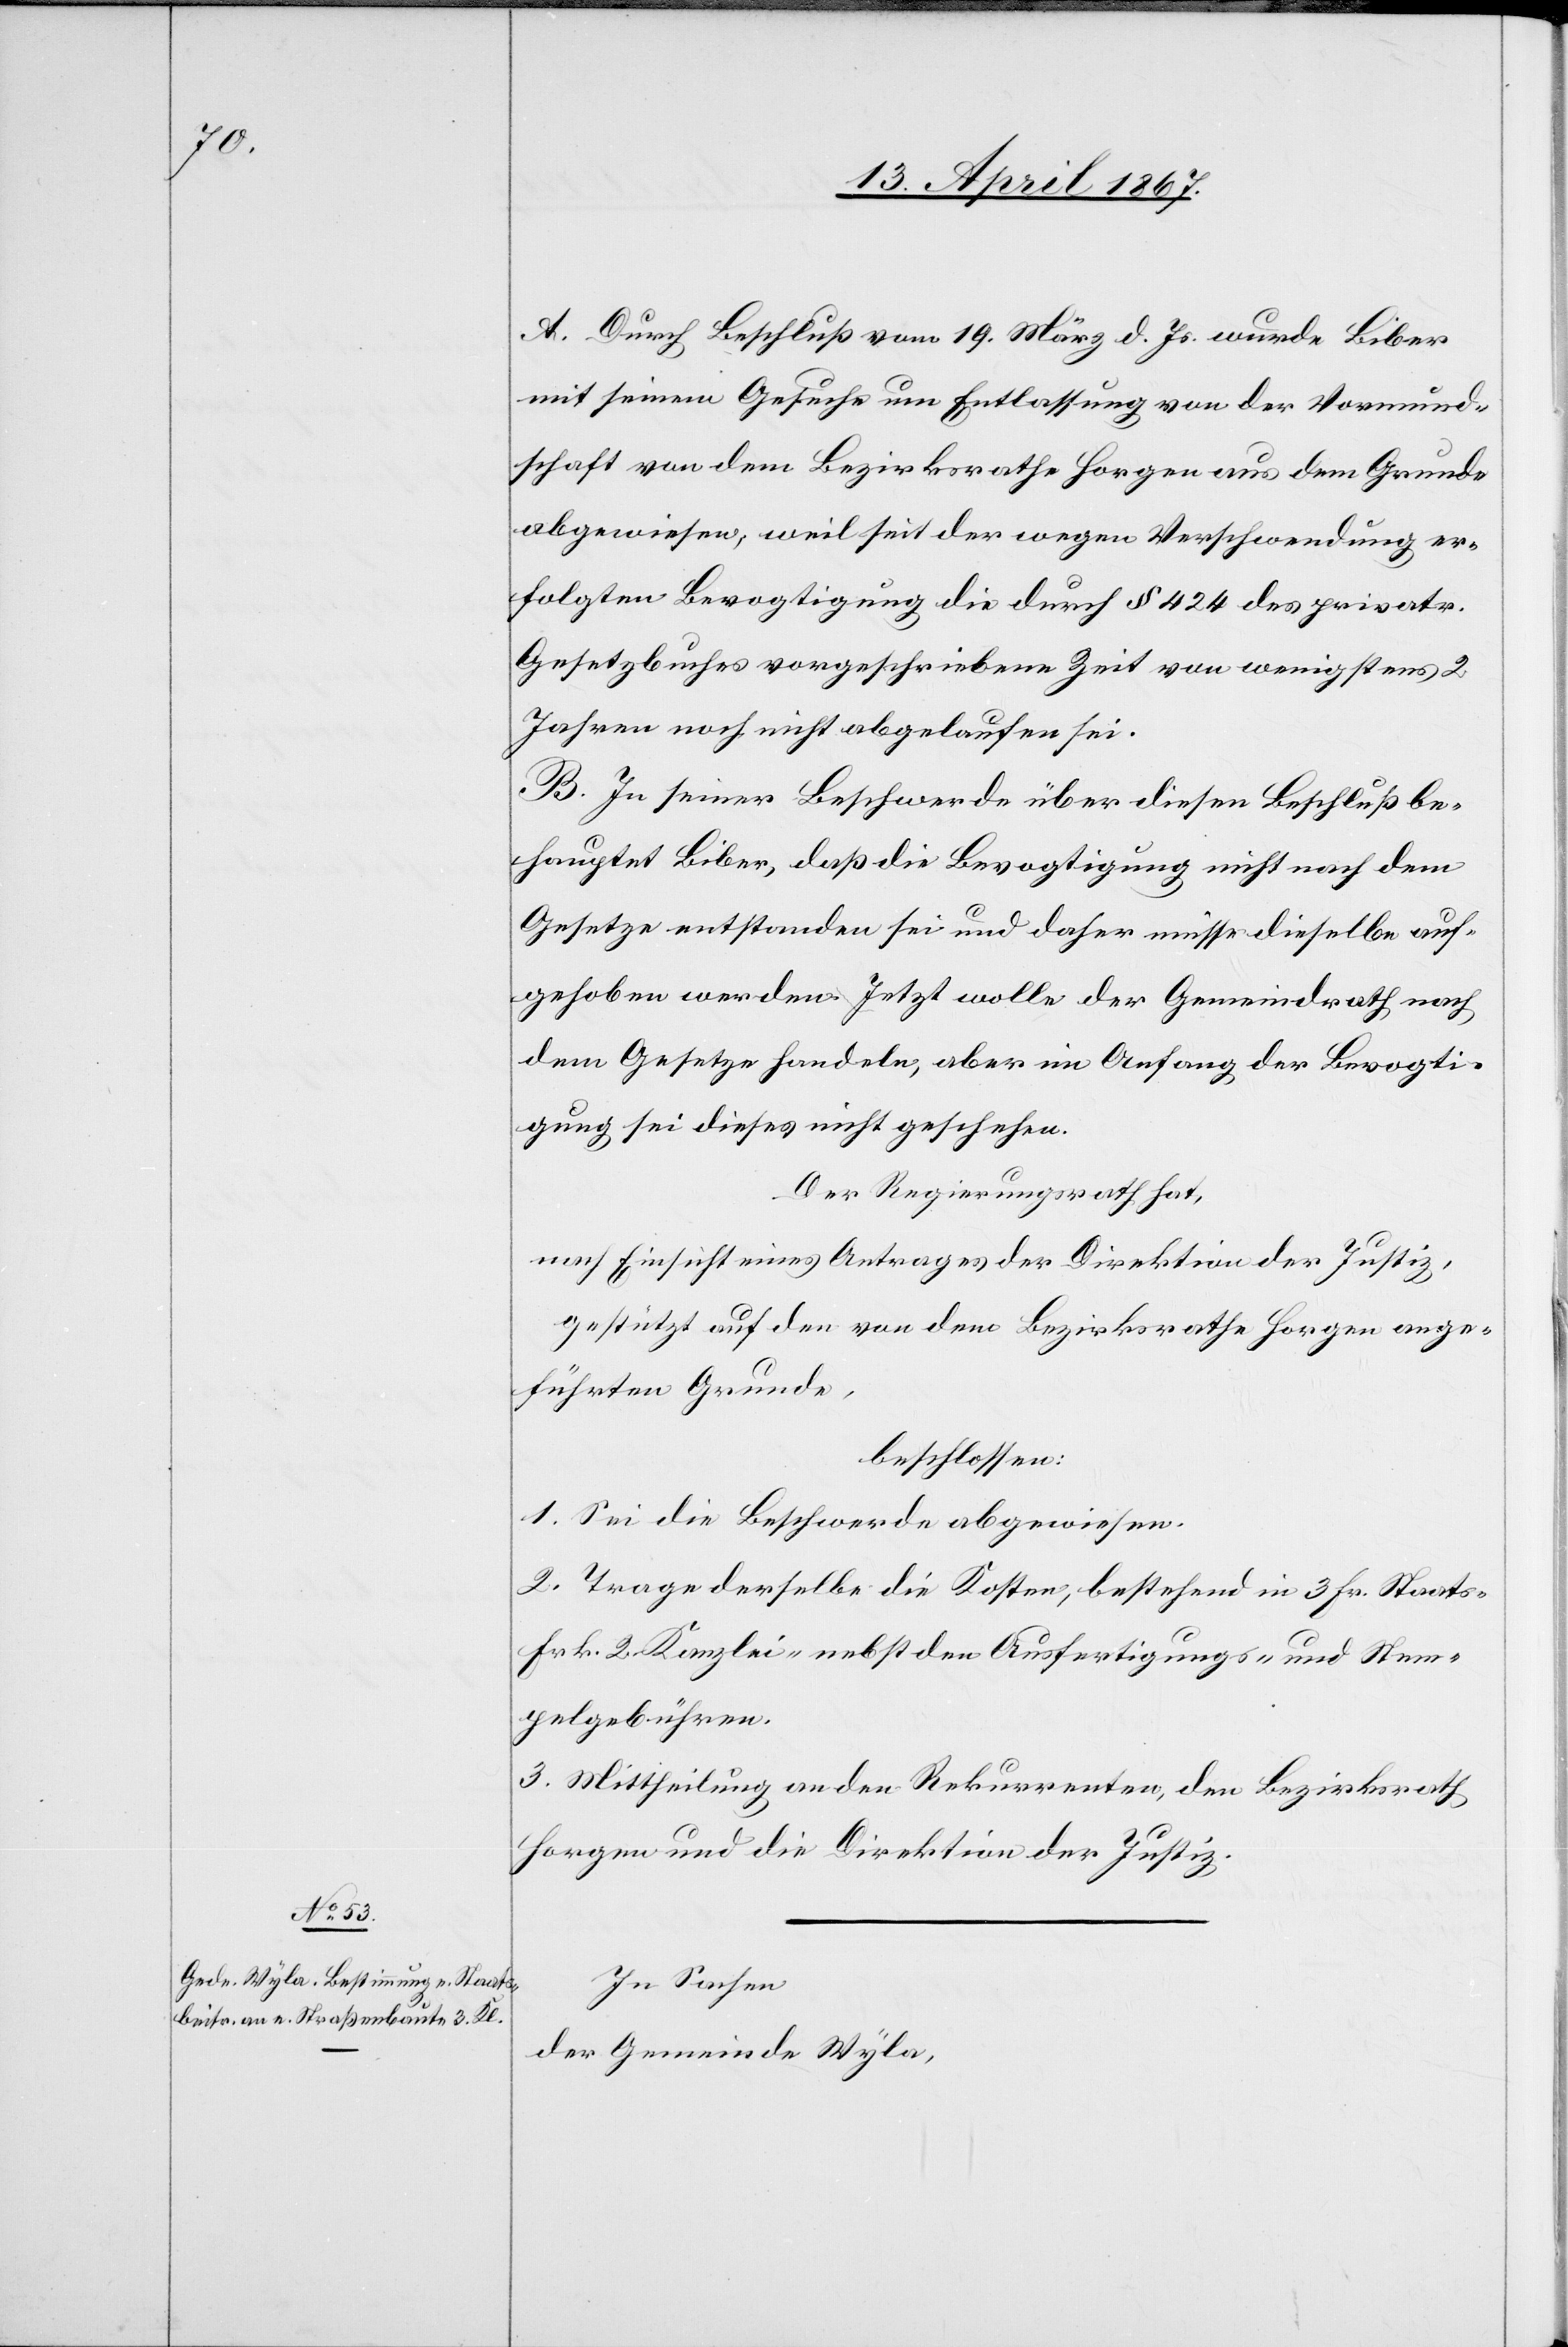
A. Durch Beschluß vom 19. März d. Js. wurde Biber
mit seinem Gesuche um Entlassung von der Vormund¬
schaft von dem Bezirksrathe Horgen aus dem Grunde
abgewiesen, weil seit der wegen Verschwendung er¬
folgten Bevogtigung die durch § 424 des privatr.
Gesetzbuches vorgeschriebene Zeit von wenigstens 2
Jahren noch nicht abgelaufen sei.
B. In seiner Beschwerde über diesen Beschluß be¬
hauptet Biber, daß die Bevogtigung nicht nach dem
Gesetze entstanden sei und daher müsse dieselbe auf¬
gehoben werden. Jetzt wolle der Gemeindrath nach
dem Gesetze handeln, aber im Anfang der Bevogti¬
gung sei dieses nicht geschehen.
Der Regierungsrath hat,
nach Einsicht eines Antrages der Direktion der Justiz,
gestützt auf den von dem Bezirksrathe Horgen ange¬
führten Grunde,
beschlossen:
1. Sei die Beschwerde abgewiesen.
2. Trage derselbe die Kosten, bestehend in 3. Fr. Staats-[,]
Frk. 2 Kanzlei- nebst den Ausfertigungs- und Stem¬
pelgebühren.
3. Mittheilung an den Rekurrenten, den Bezirksrath
Horgen und an die Direktion der Justiz.
In Sachen
der Gemeinde Wyla